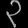
Digit: ၃